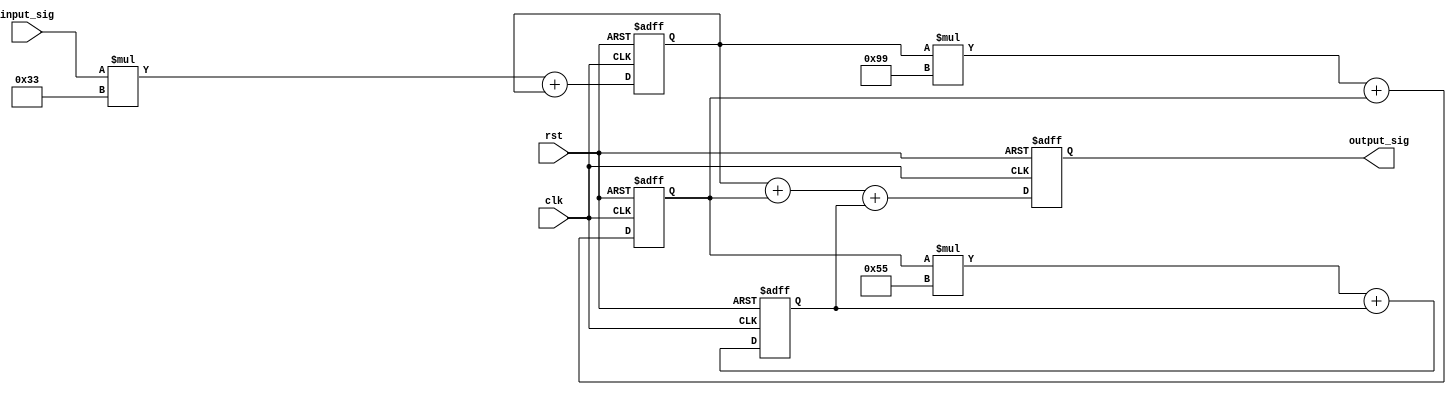
module fir_filter (
    input clk,          // Clock signal
    input rst,          // Reset signal
    input signed [15:0] input_sig,       // Input signal
    output reg signed [15:0] output_sig  // Output signal
);

// Define filter coefficients
parameter signed [7:0] coef1 = 8'b00110011; // Example filter coefficient
parameter signed [7:0] coef2 = 8'b10011001;
parameter signed [7:0] coef3 = 8'b01010101;

// Define registers for storing intermediate values
reg signed [15:0] reg1, reg2, reg3;

always @(posedge clk or posedge rst) begin
    if (rst) begin
        reg1 <= 16'b0;
        reg2 <= 16'b0;
        reg3 <= 16'b0;
        output_sig <= 16'b0;
    end else begin
        // Stage 1
        reg1 <= input_sig * coef1 + reg1;
        
        // Stage 2
        reg2 <= reg1 * coef2 + reg2;
        
        // Stage 3
        reg3 <= reg2 * coef3 + reg3;
        
        // Accumulate filtered output
        output_sig <= reg1 + reg2 + reg3;
    end
end

endmodule